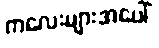
ကလေးများအပေါ်